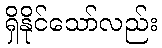
ရှိနိုင်သော်လည်း